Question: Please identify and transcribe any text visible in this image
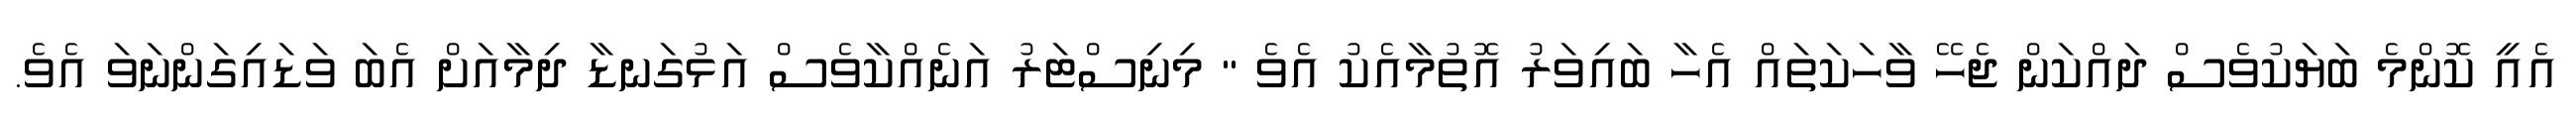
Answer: އެއީ ކޮންމެ ބަޔަކުވެސް ދައްކަން ޖެހޭ ވާހަކަތައް އެހާ ބައިވަރު އޮތުމާއެކު އެވެ " މިނިސްޓަރު އަނެއްކާވެސް އަޅުގަނޑާ ދިމާއަށް އެބަ ވަޑައިގަންނަވަ އެވެ.